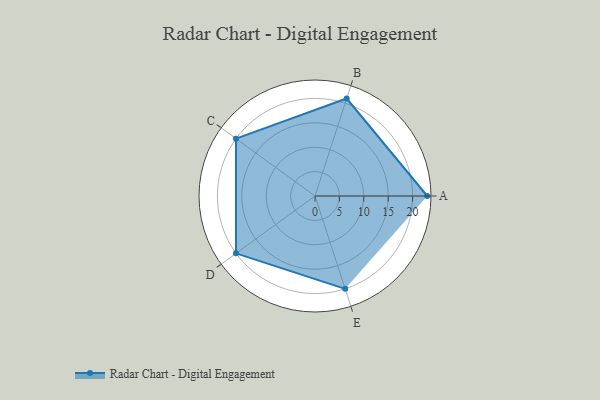
{"axis": {"x": "Skill", "y": "Score"}, "legend": ["Profile"], "data": [{"x": "A", "y": 23.0, "type": "Profile"}, {"x": "B", "y": 21.0, "type": "Profile"}, {"x": "C", "y": 20, "type": "Profile"}, {"x": "D", "y": 20, "type": "Profile"}, {"x": "E", "y": 20, "type": "Profile"}]}